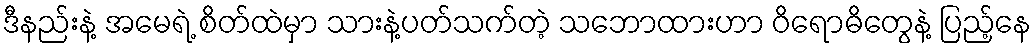
ဒီနည်းနဲ့ အမေရဲ့ စိတ်ထဲမှာ သားနဲ့ပတ်သက်တဲ့ သဘောထားဟာ ဝိရောဓိတွေနဲ့ ပြည့်နေ